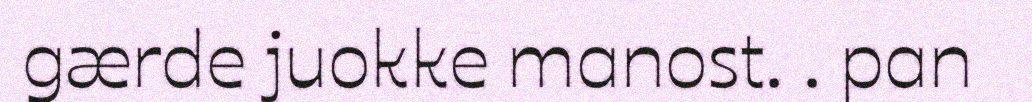
gærde juokke manost. . pan